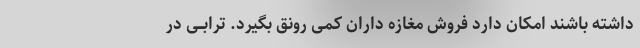
داشته باشند امکان دارد فروش مغازه داران کمى رونق بگیرد. ترابــى در